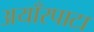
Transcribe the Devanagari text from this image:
अयाँरपाटा